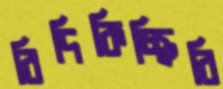
বিদিকিচ্ছিরি